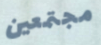
مجتمعين